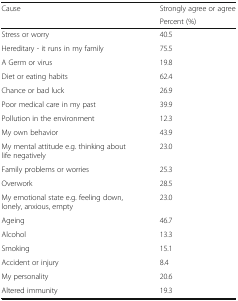
<table><thead><tr><td rowspan="2"><b>Cause</b></td><td><b>Strongly agree or agree</b></td></tr><tr><td><b>Percent (%)</b></td></tr></thead><tbody><tr><td>Stress or worry</td><td>40.5</td></tr><tr><td>Hereditary - it runs in my family</td><td>75.5</td></tr><tr><td>A Germ or virus</td><td>19.8</td></tr><tr><td>Diet or eating habits</td><td>62.4</td></tr><tr><td>Chance or bad luck</td><td>26.9</td></tr><tr><td>Poor medical care in my past</td><td>39.9</td></tr><tr><td>Pollution in the environment</td><td>12.3</td></tr><tr><td>My own behavior</td><td>43.9</td></tr><tr><td>My mental attitude e.g. thinking about life negatively</td><td>23.0</td></tr><tr><td>Family problems or worries</td><td>25.3</td></tr><tr><td>Overwork</td><td>28.5</td></tr><tr><td>My emotional state e.g. feeling down, lonely, anxious, empty</td><td>23.0</td></tr><tr><td>Ageing</td><td>46.7</td></tr><tr><td>Alcohol</td><td>13.3</td></tr><tr><td>Smoking</td><td>15.1</td></tr><tr><td>Accident or injury</td><td>8.4</td></tr><tr><td>My personality</td><td>20.6</td></tr><tr><td>Altered immunity</td><td>19.3</td></tr></tbody></table>